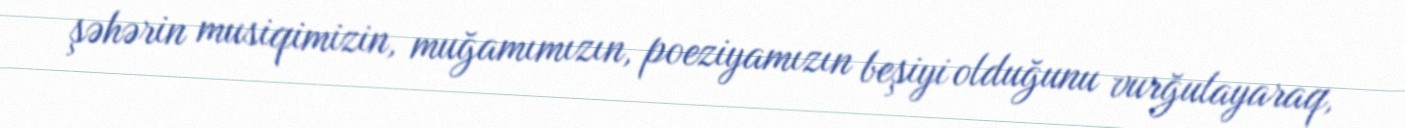
şəhərin musiqimizin, muğamımızın, poeziyamızın beşiyi olduğunu vurğulayaraq,